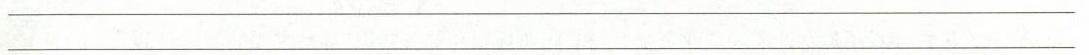
___